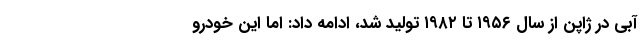
آبی در ژاپن از سال ۱۹۵۶ تا ۱۹۸۲ تولید شد، ادامه داد: اما این خودرو